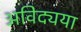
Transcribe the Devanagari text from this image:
अविद्यया